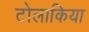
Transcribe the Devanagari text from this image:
टोलाकिया